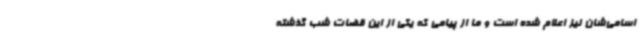
اسامی‌شان نیز اعلام شده است و ما از پیامی که یکی از این قضات شب گذشته